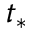
t _ { * }